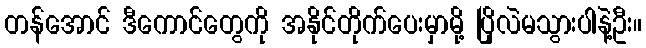
တန်အောင် ဒီကောင်တွေကို အနိုင်တိုက်ပေးမှာမို့ ပြိုလဲမသွားပါနဲ့ဦး။